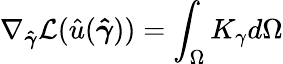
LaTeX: \nabla_{\boldsymbol{\hat{\gamma}}}\mathcal{L}(\hat{u}(\boldsymbol{\hat{\gamma}}))=\int_{\Omega}K_{\gamma}d\Omega